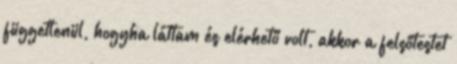
függetlenül, hogyha láttam és elérhető volt, akkor a felsőtestet